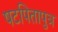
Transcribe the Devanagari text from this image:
षटपितापुत्र